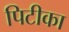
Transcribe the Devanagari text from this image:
पिटीका